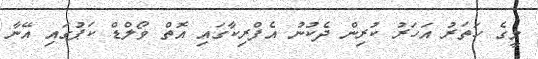
މީގެ ހަތަރު އަހަރު ކުރިން ދެކުނު އެފްރިކާގައި އޮތް ވޯލްޑް ކަޕުގައި އޭނާ